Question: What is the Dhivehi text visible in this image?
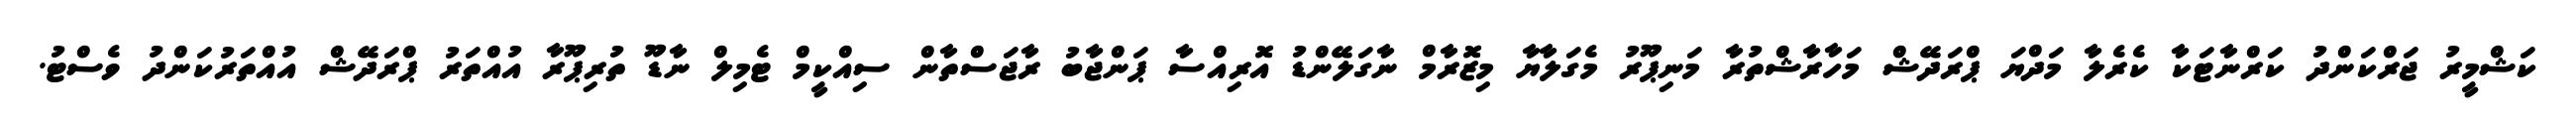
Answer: ކަޝްމީރު ޖަރްކަންދު ކަރްނާޓަކާ ކެރެލާ މަދްޔަ ޕްރަދޭޝް މަހާރާޝްތުރާ މަނިޕޫރު މެގަލާޔާ މިޒޮރާމް ނާގަލޭންޑު އޮރިއްސާ ޕަންޖާބު ރާޖަސްތާން ސިއްކީމް ޓެމިލް ނާޑޫ ތުރިޕޫރާ އުއްތަރު ޕްރަދޭޝް އުއްތަރުކަންދު ވެސްޓު.